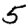
Digit: 5